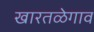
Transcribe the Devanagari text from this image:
खारतळेगाव